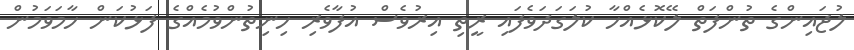
ލުޖައިންގެ ތުންފަތް ލޭކޮޅެއްހާ ކުލަގަދަވެފައި ރީތި އިރުވެސް އުފާވެރި ހިނިތުންވުމެއްގެ ފަޅުކަން ހާމަވަމުން